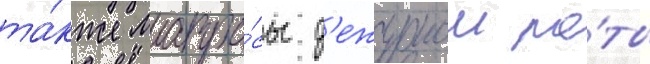
та́кже матро́сы д'ежурнои ро́ты